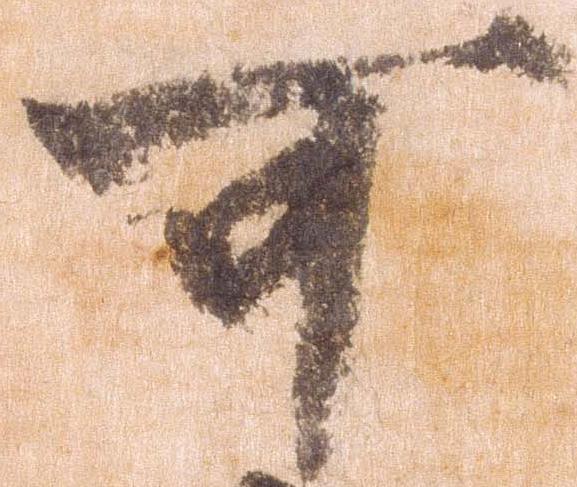
可